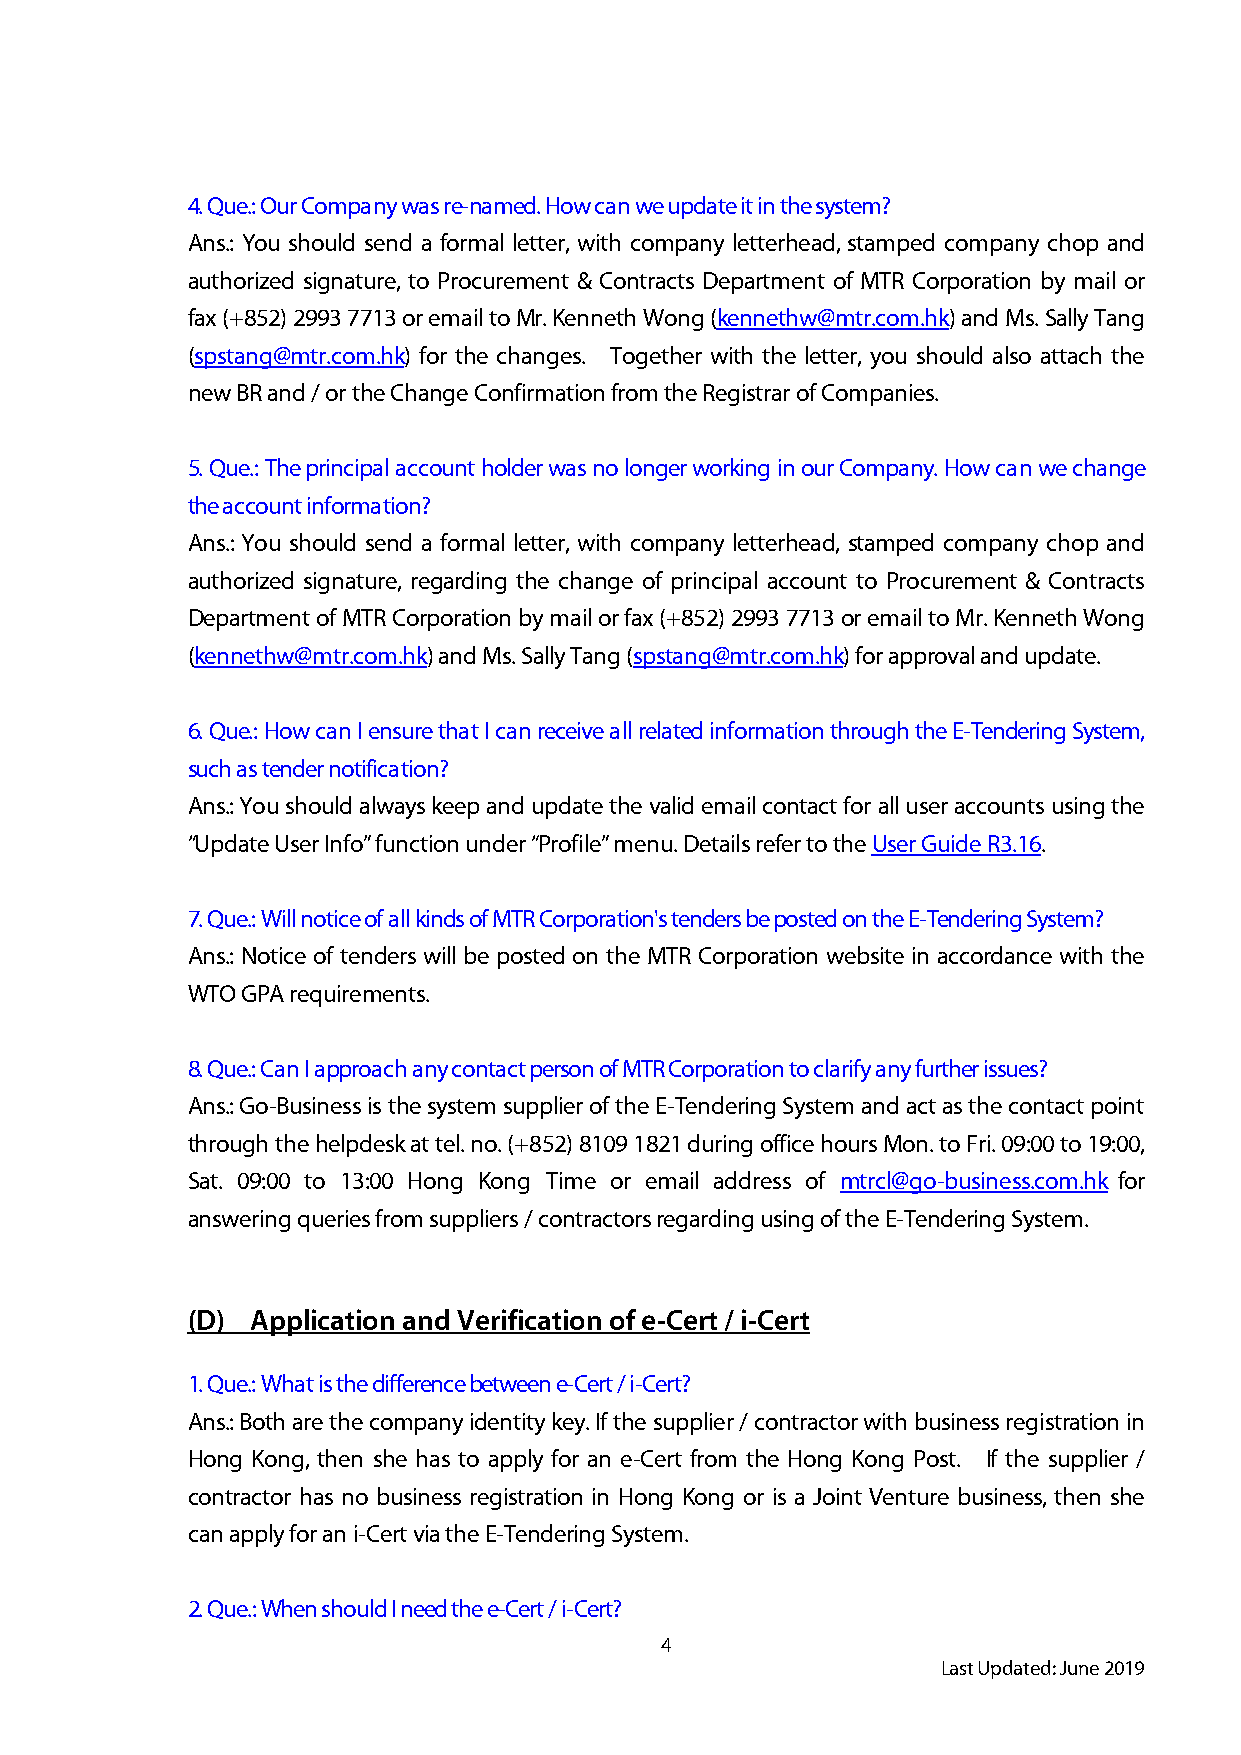
4. Que.: Our Company was re-named. How can we update it in the system?
 Ans.: You should send a formal letter, with company letterhead, stamped company chop and
 authorized signature, to Procurement & Contracts Department of MTR Corporation by mail or
 fax (+852) 2993 7713 or email to Mr. Kenneth Wong (kennethw@mtr.com.hk) and Ms. Sally Tang
 (spstang@mtr.com.hk) for the changes. Together with the letter, you should also attach the
 new BR and / or the Change Confirmation from the Registrar of Companies.
 5. Que.: The principal account holder was no longer working in our Company. How can we change
 the account information?
 Ans.: You should send a formal letter, with company letterhead, stamped company chop and
 authorized signature, regarding the change of principal account to Procurement & Contracts
 Department of MTR Corporation by mail or fax (+852) 2993 7713 or email to Mr. Kenneth Wong
 (kennethw@mtr.com.hk) and Ms. Sally Tang (spstang@mtr.com.hk) for approval and update.
 6. Que.: How can I ensure that I can receive all related information through the E-Tendering System,
 such as tender notification?
 Ans.: You should always keep and update the valid email contact for all user accounts using the
 “Update User Info” function under “Profile” menu. Details refer to the User Guide R3.16.
 7. Que.: Will notice of all kinds of MTR Corporation's tenders be posted on the E-Tendering System?
 Ans.: Notice of tenders will be posted on the MTR Corporation website in accordance with the
 WTO GPA requirements.
 8. Que.: Can I approach any contact person of MTR Corporation to clarify any further issues?
 Ans.: Go-Business is the system supplier of the E-Tendering System and act as the contact point
 through the helpdesk at tel. no. (+852) 8109 1821 during office hours Mon. to Fri. 09:00 to 19:00,
 Sat. 09:00 to 13:00 Hong Kong Time or email address of mtrcl@go-business.com.hk for
 answering queries from suppliers / contractors regarding using of the E-Tendering System.
 (D)  Application and Verification of e-Cert / i-Cert
 1. Que.: What is the difference between e-Cert / i-Cert?
 Ans.: Both are the company identity key. If the supplier / contractor with business registration in
 Hong Kong, then she has to apply for an e-Cert from the Hong Kong Post. If the supplier /
 contractor has no business registration in Hong Kong or is a Joint Venture business, then she
 can apply for an i-Cert via the E-Tendering System.
 2. Que.: When should I need the e-Cert / i-Cert?
 4
 Last Updated: June 2019